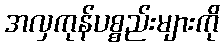
အလှကုန်ပစ္စည်းများကို